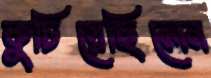
কুচিয়েছিলেন